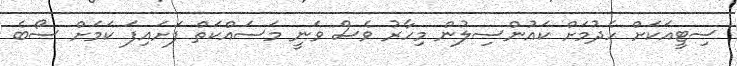
ސިޓީއަކަށް ހެދުމަށް ކައުންސިލުން މިހާރު ވެސް ވަނީ މަސައްކަތް ފަށައިފަ ކަމަށް ސޯބެ